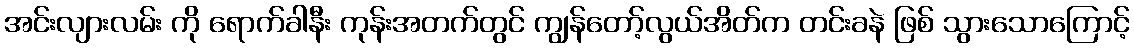
အင်းလျားလမ်း ကို ရောက်ခါနီး ကုန်းအတက်တွင် ကျွန်တော့်လွယ်အိတ်က တင်းခနဲ ဖြစ် သွားသောကြောင့်